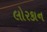
લોરકાન